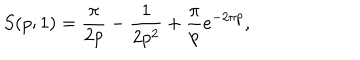
S ( p ; 1 ) = \frac { \pi } { 2 p } - \frac { 1 } { 2 p ^ { 2 } } + \frac { \pi } { p } e ^ { - 2 \pi p } ,